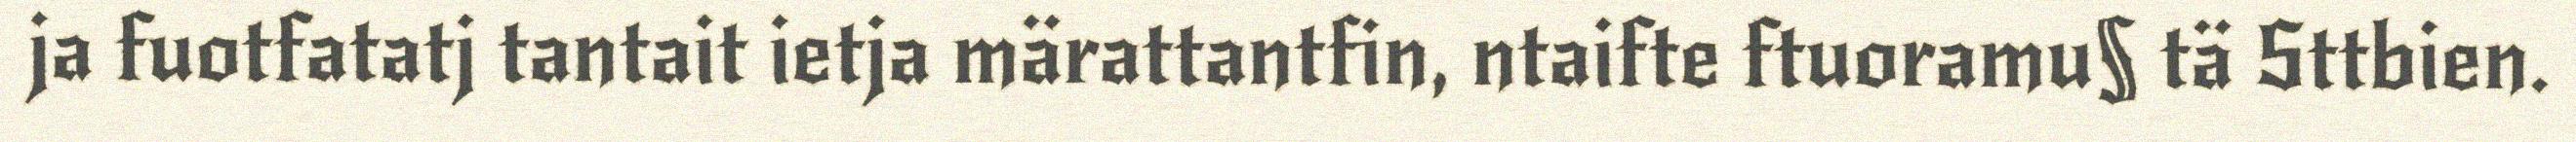
ja fuotfatatj tantait ietja märattantfin, ntaifte ftuoramu§ tä Sttbien.